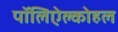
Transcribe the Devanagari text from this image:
पॉलिऐल्कोहल